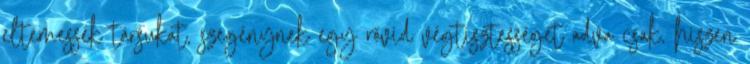
eltemessék társukat, szegénynek egy rövid végtisztességet adva csak, hiszen